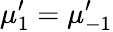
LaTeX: \mu_{1}^{\prime}=\mu_{-1}^{\prime}